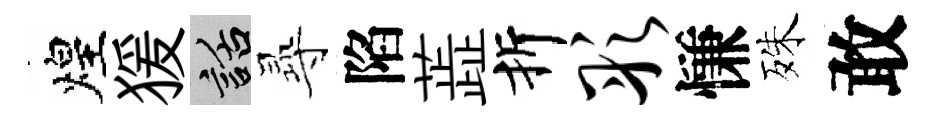
煌猨話𡬶陷蕋折彤慊殊敢